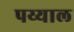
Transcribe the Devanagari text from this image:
पय्याल